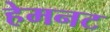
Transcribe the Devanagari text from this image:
हेमनट